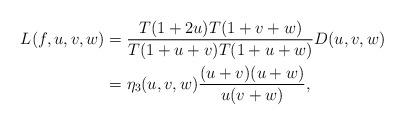
LaTeX: \begin{align*} L(f, u,v,w) &=\frac{T(1+2u)T(1+v+w)}{T(1+u+v)T(1+u+w)}D(u,v,w) \\ &=\eta_3(u,v,w)\frac{(u+v)(u+w)}{u(v+w)},\end{align*}